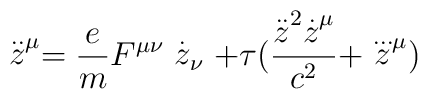
\stackrel{..}{z}^\mu=\frac{e}{m}F^{\mu\nu}\stackrel{.}{z}_\nu  +\tau (\frac{\stackrel{..}{z}^2\stackrel{.}{z}^\mu}{c^2}         +\stackrel{...}{z}^\mu)